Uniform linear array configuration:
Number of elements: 48
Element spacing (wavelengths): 0.25
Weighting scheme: uniform
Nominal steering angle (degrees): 60
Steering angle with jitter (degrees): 58.062
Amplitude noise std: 0.05
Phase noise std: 0.05

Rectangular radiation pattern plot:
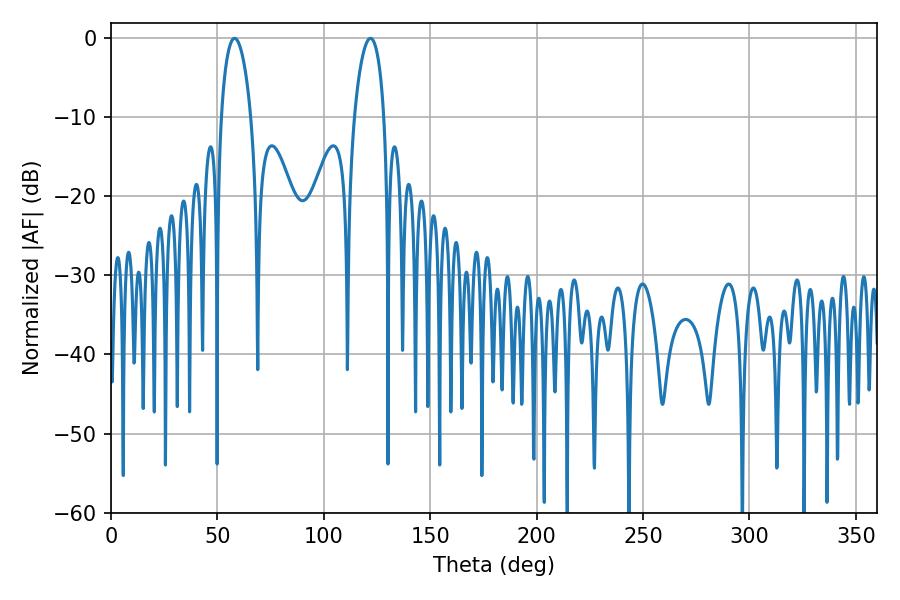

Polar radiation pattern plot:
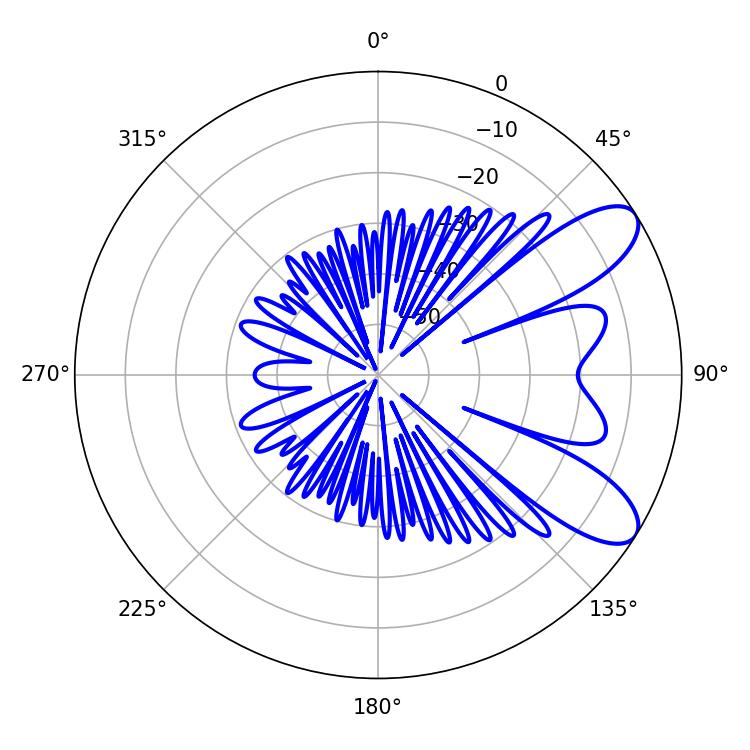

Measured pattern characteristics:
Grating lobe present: FALSE
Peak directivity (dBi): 8.708
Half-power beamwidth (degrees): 7.92
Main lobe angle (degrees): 58.14